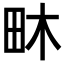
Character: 𤱃